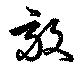
毅